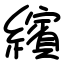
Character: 繽